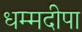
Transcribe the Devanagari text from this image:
धम्मदीपा